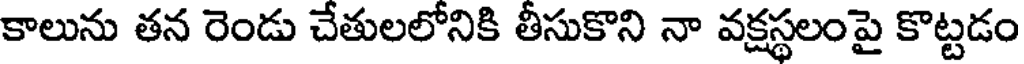
కాలును తన రెండు చేతులలోనికి తీసుకొని నా వక్షస్థలంపై కొట్టడం